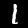
Digit: 1